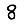
Digit: 8